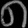
Digit: ၈